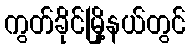
ကွတ်ခိုင်မြို့နယ်တွင်